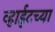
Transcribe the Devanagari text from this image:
व्हाईटच्या